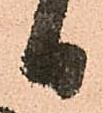
日